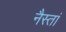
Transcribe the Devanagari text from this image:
नैस्तां